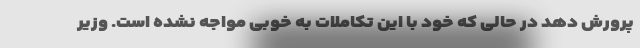
پرورش دهد در حالی که خود با این تکاملات به خوبی مواجه نشده است. وزیر